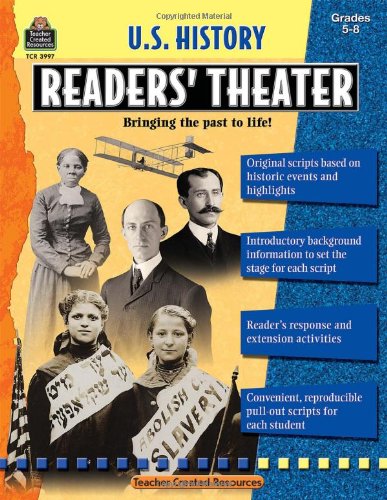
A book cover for US History Readers' Theater Grd 5 & up; Robert W. Smith; Reference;